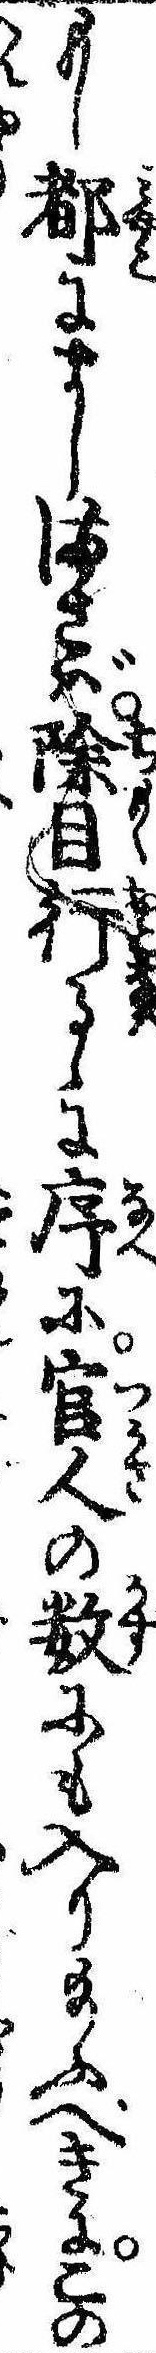
もし都にましまさば除目行るゝに序に官人の数にも入り給ふべきにこの